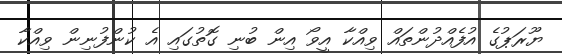
ޔޫރަޕުގެ އުފެއްދުންތައް ވިއްކާ އީވޯ އިން ބުނި ގޮތުގައި އެ ކުންފުނިން ވިއްކާ